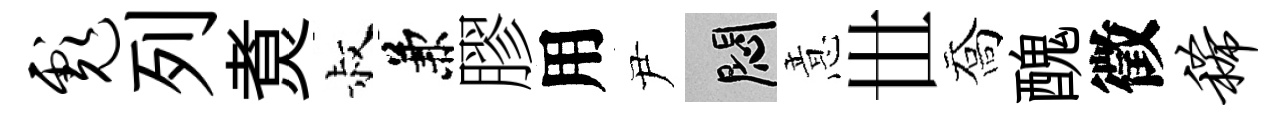
彪列煑叔兼膠用尹悶意𠀍喬醜徵稀